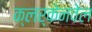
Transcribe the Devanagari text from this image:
क्लर्केनवेल